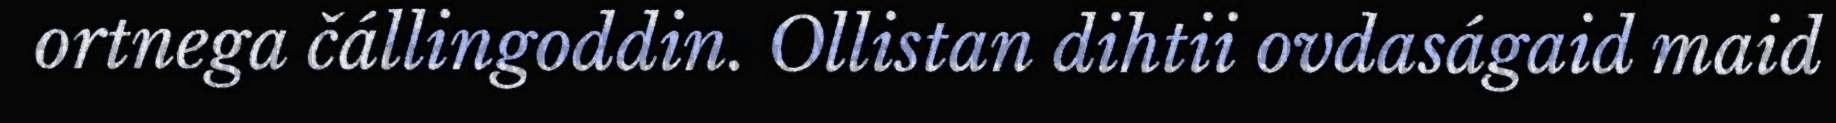
ortnega čállingoddin. Ollistan dihtii ovdaságaid maid